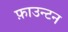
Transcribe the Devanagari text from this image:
फ़ाउन्टन